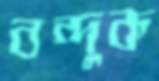
বন্দুক